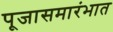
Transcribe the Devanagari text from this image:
पूजासमारंभात